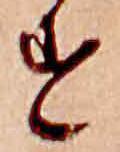
す